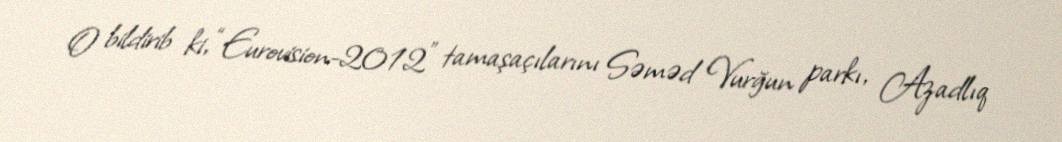
O bildirib ki, “Eurovision-2012" tamaşaçılarını Səməd Vurğun parkı, Azadlıq